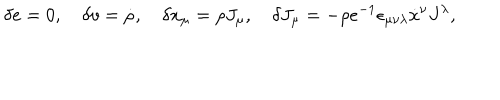
LaTeX: \delta e = 0 , \quad \delta v = \dot { \rho } , \quad \delta x _ { \mu } = \rho J _ { \mu } , \quad \delta J _ { \mu } = - \rho e ^ { - 1 } \epsilon _ { \mu \nu \lambda } \dot { x } { } ^ { \nu } J ^ { \lambda } ,